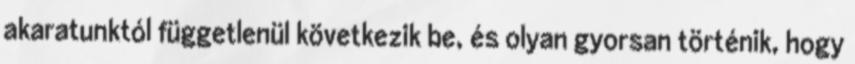
akaratunktól függetlenül következik be, és olyan gyorsan történik, hogy